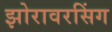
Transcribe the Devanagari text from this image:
झोरावरसिंग